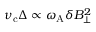
\nu _ { \mathrm { c } } \Delta \propto \omega _ { \mathrm { A } } \delta B _ { \perp } ^ { 2 }